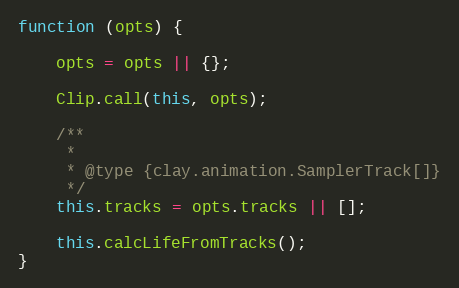
Language: JavaScript
function (opts) {

    opts = opts || {};

    Clip.call(this, opts);

    /**
     *
     * @type {clay.animation.SamplerTrack[]}
     */
    this.tracks = opts.tracks || [];

    this.calcLifeFromTracks();
}